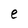
Character: e